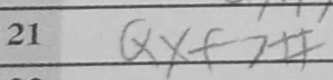
Transcription: Qxf7#